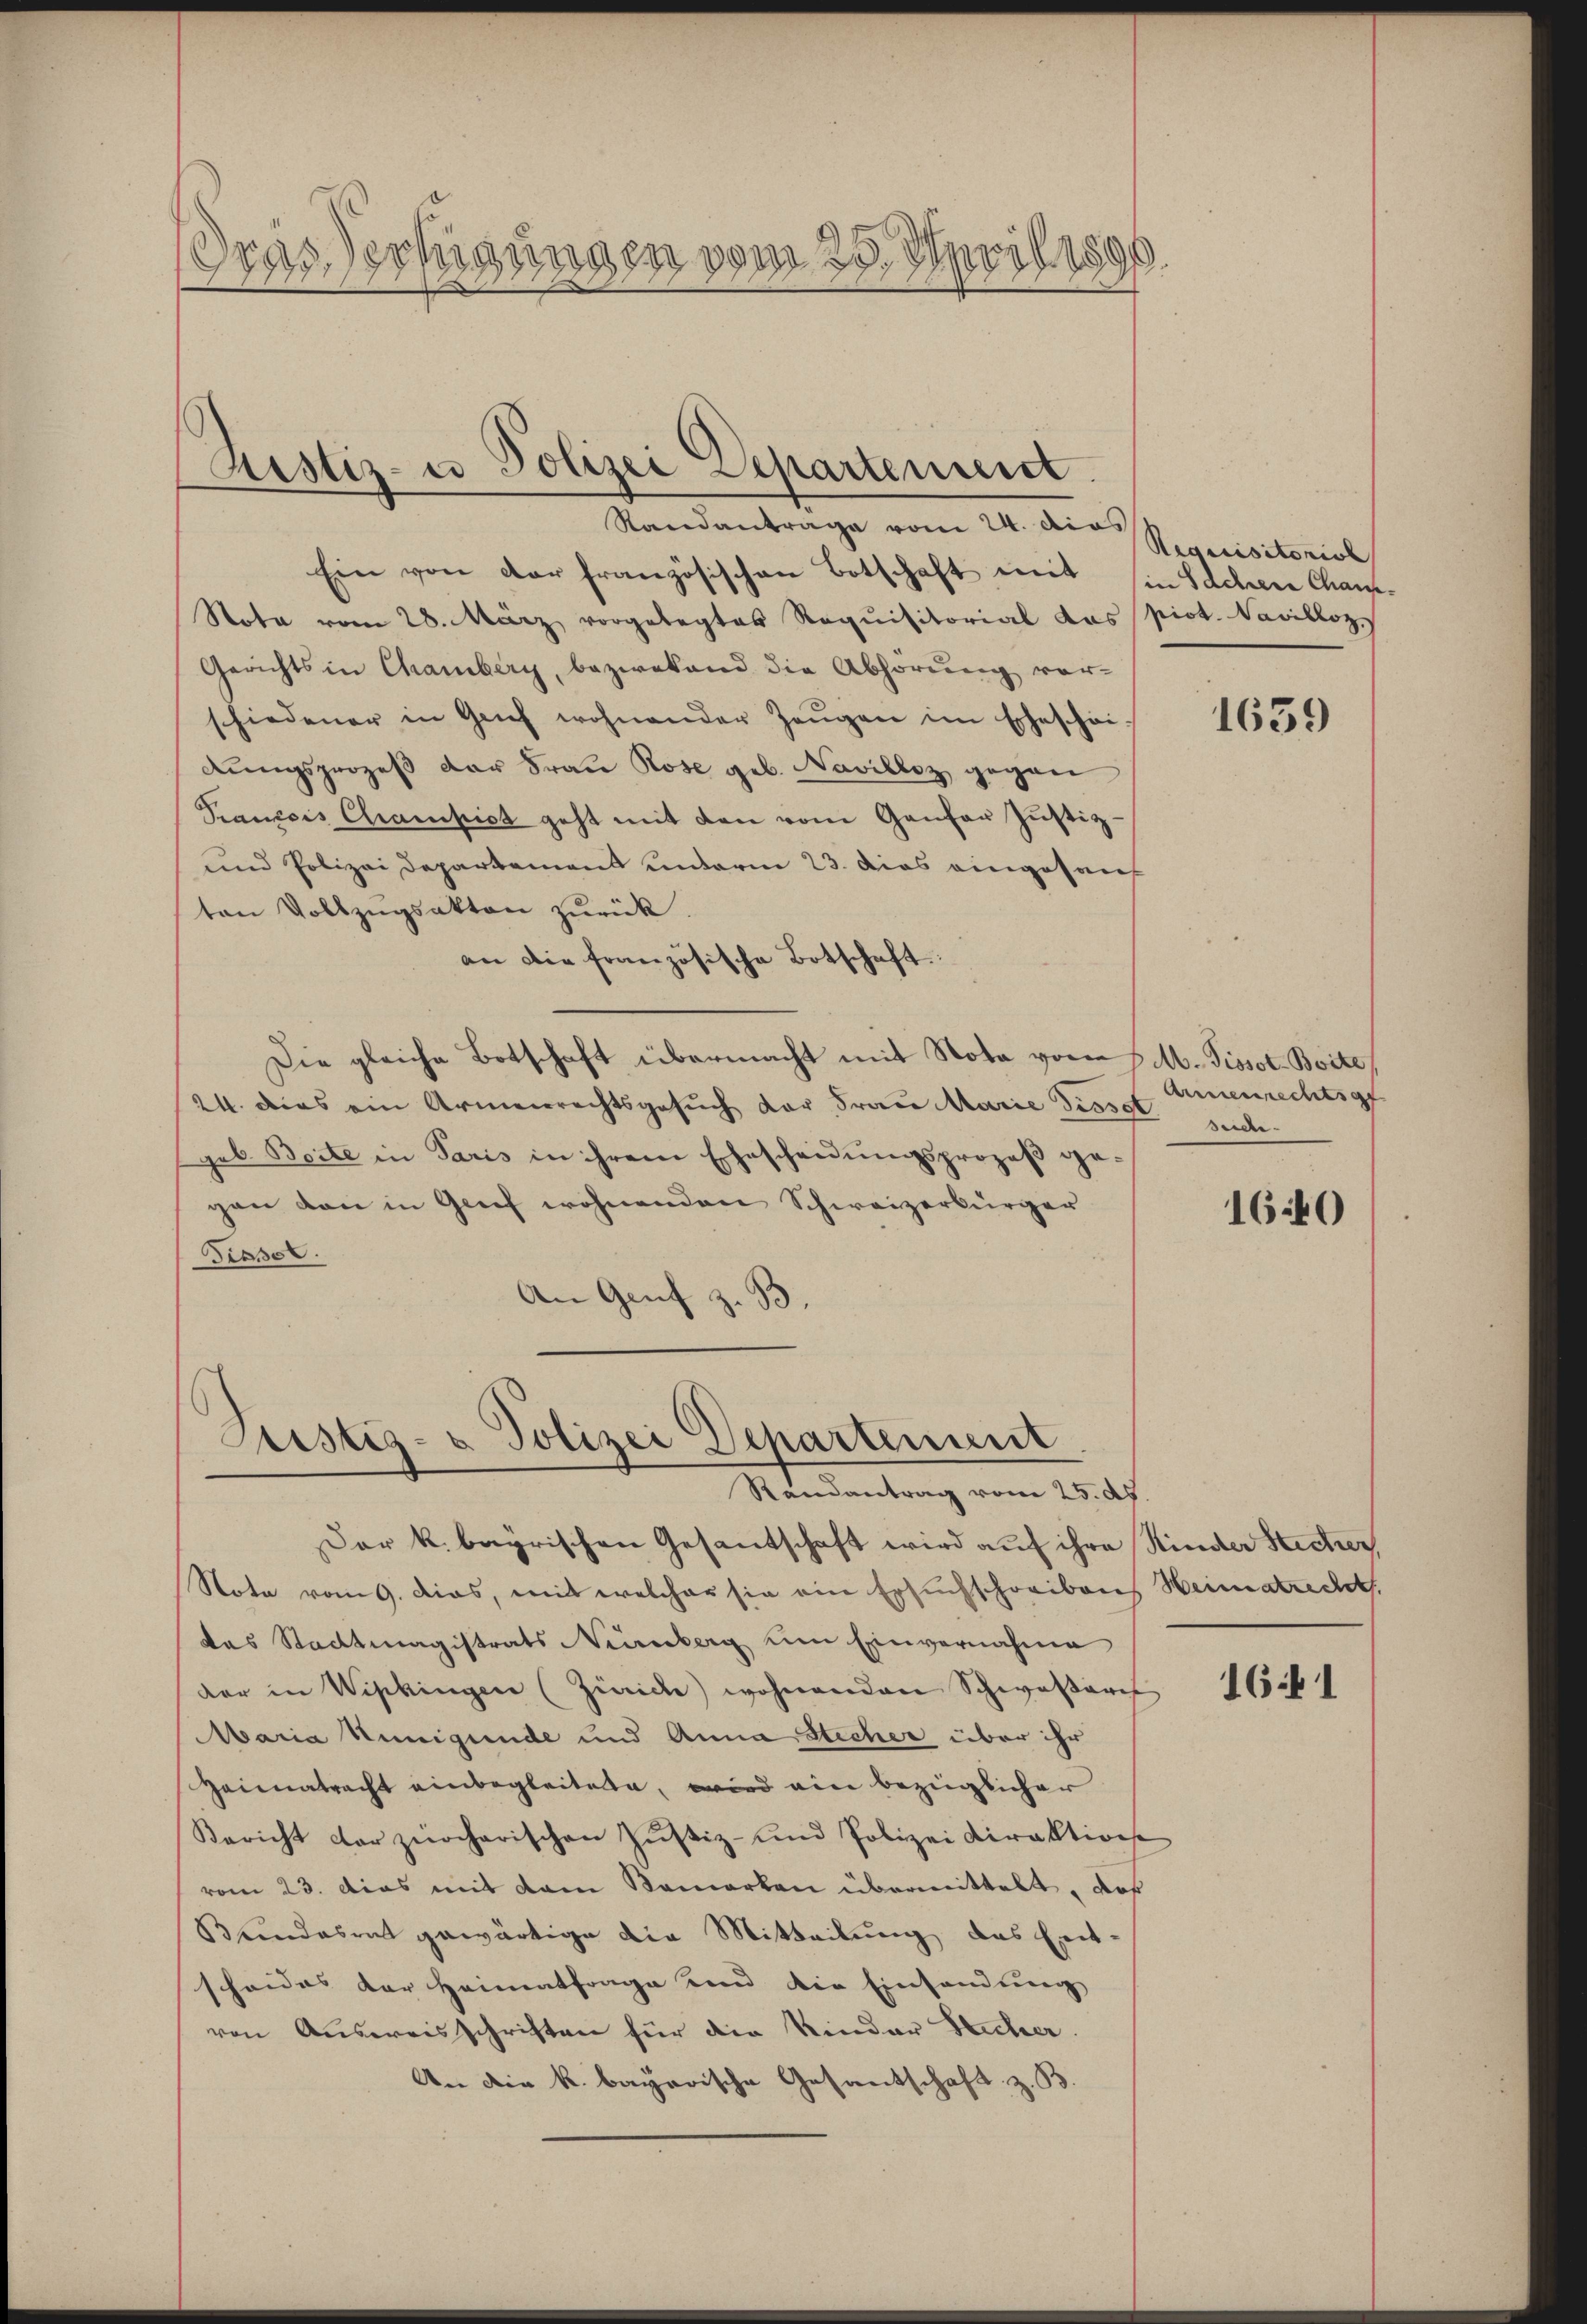
Dras Verfügungen vom 25. April 1890

Rustiz- u Polizei Departement.
Standantrage vom 24. dies

Ein von der französischen Botschaft mit in Sachen Chaus¬
Nota vom 28. März vorgelegtes Requisitorial das piot. Navilloz
Gerichts in Chamberg, bezwekend die Abhörung vor-
schiedener in Genf wohnender Zeŭgen im Eheschei-
dungsprozeß der Frau Rose geb. Navilloz gegen
Pancois Champist geht mit den vom Ganfer Justiz-
und Polizei Departement unterm 23. dies eingesanf
ten Vollzŭgsakten zŭrück.
an die französische Botschaft
Die gleiche Botschaft übermacht mit Nota vom 1. M. Pissot-Boite,
24. dies ein Armenrechtsgesŭch der Frau Marie dissot
geb. Beite in Paris in ihrem Ehescheidungsprozeß gegen den in Grief wohnenden Schweizerbürger
Tissol
An Genf z. 93

Justiz- & Polizei Departement
Randantrag vom 25. d.

Requisitoriol

Der k. bayrischen Gesantschaft wird auf ihre Kinder Sectier,
Note vom 9. dies, mit welcher sie ein Ersuchschreibens Heimatrecht
das Stadtmagistrats Neuenburg um Einvernahme
der in Wipkingen (Zürich) wohnenden Schwassereh
Maria Kunigunde und Anna Stecher über ihr
Heimatracht einbegleitete, wird ein bezüglicher
Bericht der zürcherischen Zŭstiz- und Polizei Direktions
vom 23. Das mit dem Bemerken übermittelt, daß
Bundesrat gewärtige die Mitteilung das Ent-
scheides der Heimatfrage und die Einsandung
von Ausweisschriften für die Kinder Sacher.
An die k. bayerische Gesandschaft z. B.

1659

Armenrechtsat
Beier.

1640

1641